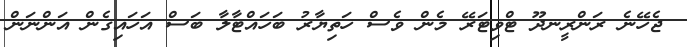
ޖެހޭނެ ރަންރީނދޫ ޓްވިޓަރޭ މެން ވެސް ހަތިޔާރު ބަހައްޓާލާ ބަސް އަހައިގެން އަންނަން